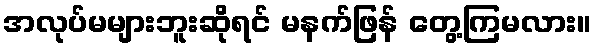
အလုပ်မများဘူးဆိုရင် မနက်ဖြန် တွေ့ကြမလား။